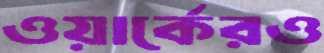
ওয়ার্কেরও